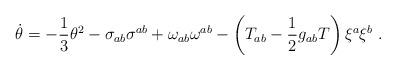
LaTeX: \begin{align*}\dot\theta = -\frac{1}{3} \theta^2 - \sigma_{ab} \sigma^{ab} +\omega_{ab}\omega^{ab} - \left(T_{ab} -\frac{1}{2}g_{ab} T \right) \xi^a \xi^b\;.\end{align*}